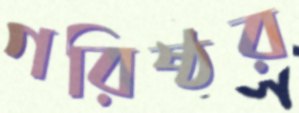
গরিষ্ঠর